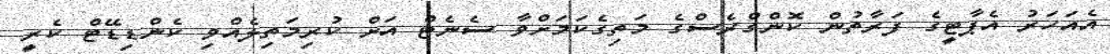
އެއަހަރު އެޕާޓީގެ ފަރާތުން ކޮންގްރެސްގެ މަތިގެކަމަށްވާ ސެނެޓް އަށް ކުރިމަތިލެއްވި ކެންޑިޑޭޓް ކެރީ